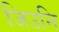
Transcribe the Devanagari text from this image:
जिउनि